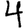
Digit: 4